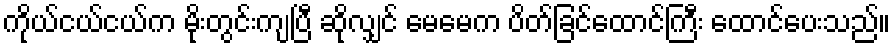
ကိုယ်ငယ်ငယ်က မိုးတွင်းကျပြီ ဆိုလျှင် မေမေက ပိတ်ခြင်ထောင်ကြီး ထောင်ပေးသည်။